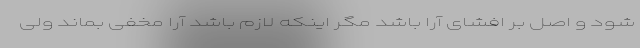
شود و اصل بر افشای آرا باشد مگر اینکه لازم باشد آرا مخفی بماند ولی